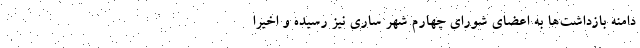
دامنه بازداشت‌ها به اعضای شورای چهارم شهر ساری نیز رسیده و اخیراً